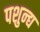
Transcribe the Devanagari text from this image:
पशुन्द्य